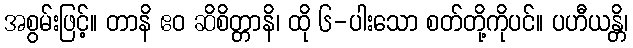
အစွမ်းဖြင့်။ တာနိ ဧဝ ဆိစိတ္တာနိ၊ ထို ၆-ပါးသော စတ်တို့ကိုပင်။ ပဟီယန္တိ၊